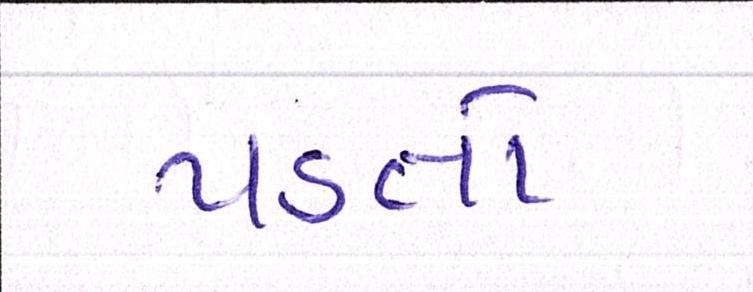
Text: પડતો